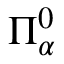
\Pi _ { \alpha } ^ { 0 }